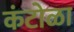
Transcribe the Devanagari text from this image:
कंटोळा